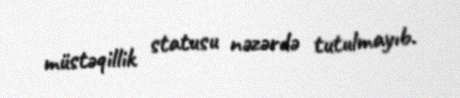
müstəqillik statusu nəzərdə tutulmayıb.